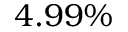
4 . 9 9 \%